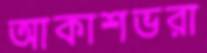
আকাশভরা